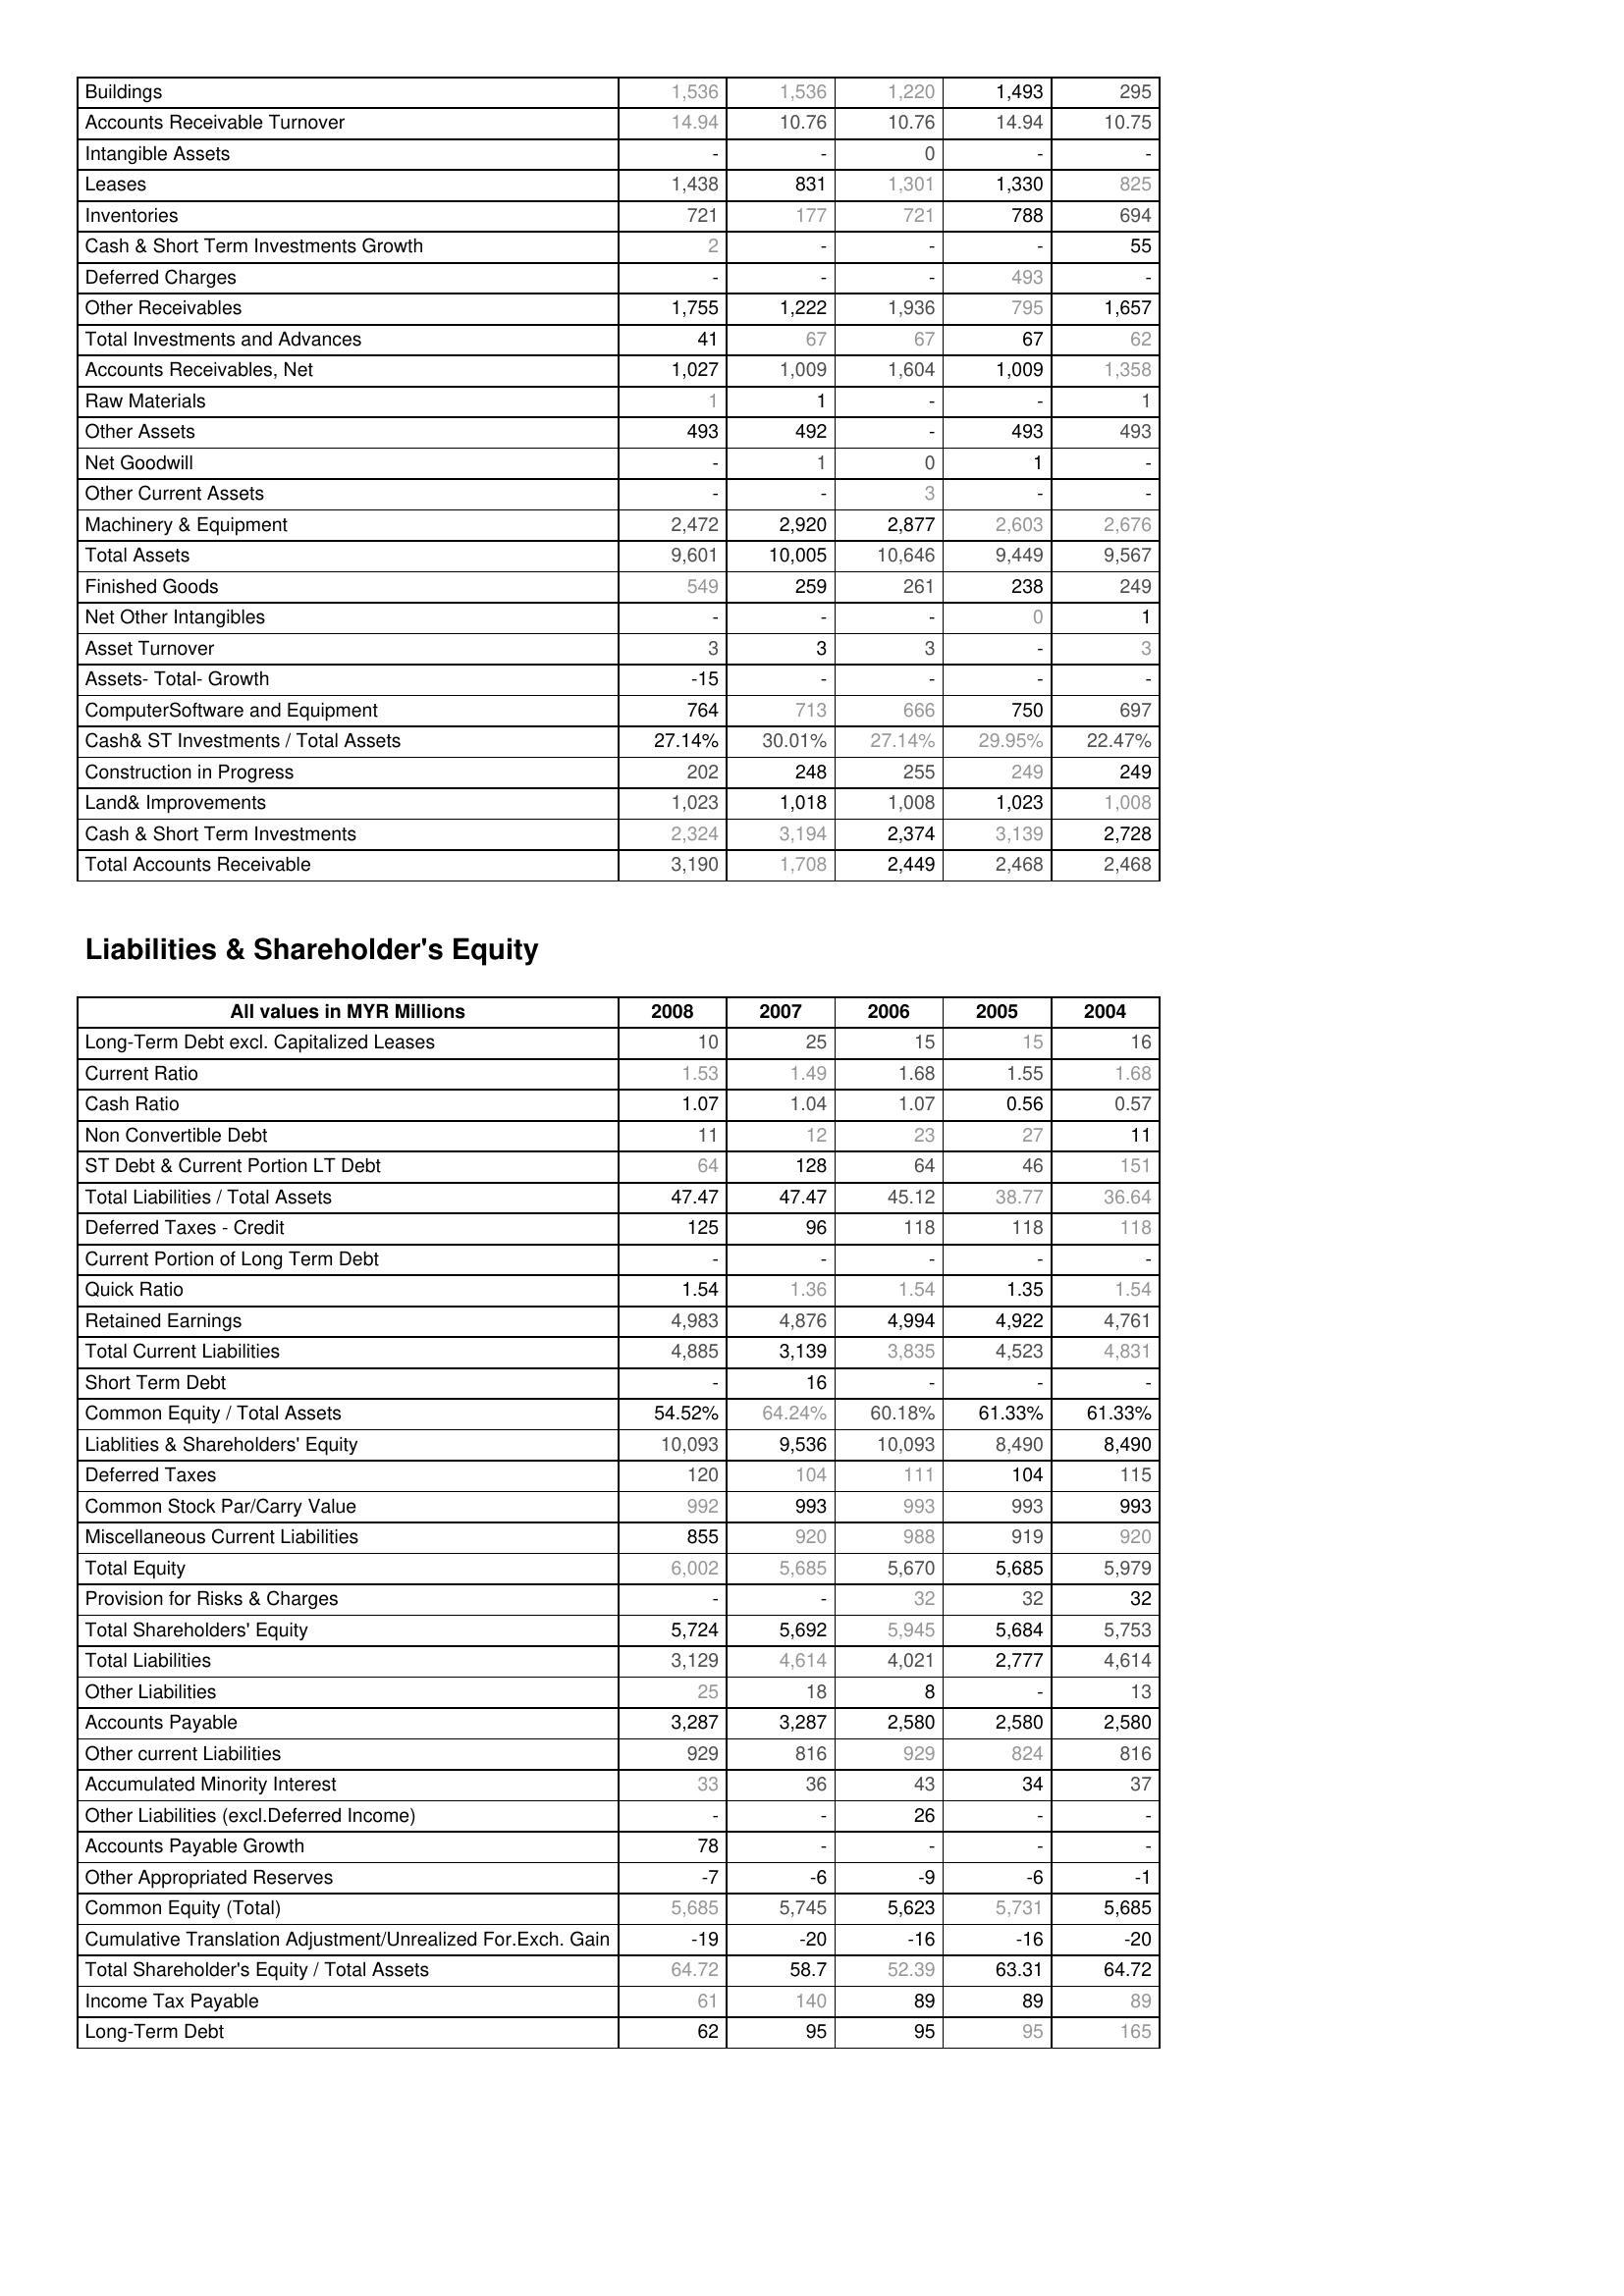
2008: Assets: Buildings: 1,536
Accounts Receivable Turnover: 14.94
Intangible Assets: -
Leases: 1,438
Inventories: 721
Cash & Short Term Investments Growth: 2
Deferred Charges: -
Other Receivables: 1,755
Total Investments and Advances: 41
Accounts Receivables, Net: 1,027
Raw Materials: 1
Other Assets: 493
Net Goodwill: -
Other Current Assets: -
Machinery & Equipment: 2,472
Total Assets: 9,601
Finished Goods: 549
Net Other Intangibles: -
Asset Turnover: 3
Assets- Total- Growth: -15
ComputerSoftware and Equipment: 764
Cash& ST Investments / Total Assets: 27.14%
Construction in Progress: 202
Land& Improvements: 1,023
Cash & Short Term Investments: 2,324
Total Accounts Receivable: 3,190
Liabilities & Shareholder's Equity: Long-Term Debt excl. Capitalized Leases: 10
Current Ratio: 1.53
Cash Ratio: 1.07
Non Convertible Debt: 11
ST Debt & Current Portion LT Debt: 64
Total Liabilities / Total Assets: 47.47
Deferred Taxes - Credit: 125
Current Portion of Long Term Debt: -
Quick Ratio: 1.54
Retained Earnings: 4,983
Total Current Liabilities: 4,885
Short Term Debt: -
Common Equity / Total Assets: 54.52%
Liablities & Shareholders' Equity: 10,093
Deferred Taxes: 120
Common Stock Par/Carry Value: 992
Miscellaneous Current Liabilities: 855
Total Equity: 6,002
Provision for Risks & Charges: -
Total Shareholders' Equity: 5,724
Total Liabilities: 3,129
Other Liabilities: 25
Accounts Payable: 3,287
Other current Liabilities: 929
Accumulated Minority Interest: 33
Other Liabilities (excl.Deferred Income): -
Accounts Payable Growth: 78
Other Appropriated Reserves: -7
Common Equity (Total): 5,685
Cumulative Translation Adjustment/Unrealized For.Exch. Gain: -19
Total Shareholder's Equity / Total Assets: 64.72
Income Tax Payable: 61
Long-Term Debt: 62
2007: Assets: Buildings: 1,536
Accounts Receivable Turnover: 10.76
Intangible Assets: -
Leases: 831
Inventories: 177
Cash & Short Term Investments Growth: -
Deferred Charges: -
Other Receivables: 1,222
Total Investments and Advances: 67
Accounts Receivables, Net: 1,009
Raw Materials: 1
Other Assets: 492
Net Goodwill: 1
Other Current Assets: -
Machinery & Equipment: 2,920
Total Assets: 10,005
Finished Goods: 259
Net Other Intangibles: -
Asset Turnover: 3
Assets- Total- Growth: -
ComputerSoftware and Equipment: 713
Cash& ST Investments / Total Assets: 30.01%
Construction in Progress: 248
Land& Improvements: 1,018
Cash & Short Term Investments: 3,194
Total Accounts Receivable: 1,708
Liabilities & Shareholder's Equity: Long-Term Debt excl. Capitalized Leases: 25
Current Ratio: 1.49
Cash Ratio: 1.04
Non Convertible Debt: 12
ST Debt & Current Portion LT Debt: 128
Total Liabilities / Total Assets: 47.47
Deferred Taxes - Credit: 96
Current Portion of Long Term Debt: -
Quick Ratio: 1.36
Retained Earnings: 4,876
Total Current Liabilities: 3,139
Short Term Debt: 16
Common Equity / Total Assets: 64.24%
Liablities & Shareholders' Equity: 9,536
Deferred Taxes: 104
Common Stock Par/Carry Value: 993
Miscellaneous Current Liabilities: 920
Total Equity: 5,685
Provision for Risks & Charges: -
Total Shareholders' Equity: 5,692
Total Liabilities: 4,614
Other Liabilities: 18
Accounts Payable: 3,287
Other current Liabilities: 816
Accumulated Minority Interest: 36
Other Liabilities (excl.Deferred Income): -
Accounts Payable Growth: -
Other Appropriated Reserves: -6
Common Equity (Total): 5,745
Cumulative Translation Adjustment/Unrealized For.Exch. Gain: -20
Total Shareholder's Equity / Total Assets: 58.7
Income Tax Payable: 140
Long-Term Debt: 95
2006: Assets: Buildings: 1,220
Accounts Receivable Turnover: 10.76
Intangible Assets: 0
Leases: 1,301
Inventories: 721
Cash & Short Term Investments Growth: -
Deferred Charges: -
Other Receivables: 1,936
Total Investments and Advances: 67
Accounts Receivables, Net: 1,604
Raw Materials: -
Other Assets: -
Net Goodwill: 0
Other Current Assets: 3
Machinery & Equipment: 2,877
Total Assets: 10,646
Finished Goods: 261
Net Other Intangibles: -
Asset Turnover: 3
Assets- Total- Growth: -
ComputerSoftware and Equipment: 666
Cash& ST Investments / Total Assets: 27.14%
Construction in Progress: 255
Land& Improvements: 1,008
Cash & Short Term Investments: 2,374
Total Accounts Receivable: 2,449
Liabilities & Shareholder's Equity: Long-Term Debt excl. Capitalized Leases: 15
Current Ratio: 1.68
Cash Ratio: 1.07
Non Convertible Debt: 23
ST Debt & Current Portion LT Debt: 64
Total Liabilities / Total Assets: 45.12
Deferred Taxes - Credit: 118
Current Portion of Long Term Debt: -
Quick Ratio: 1.54
Retained Earnings: 4,994
Total Current Liabilities: 3,835
Short Term Debt: -
Common Equity / Total Assets: 60.18%
Liablities & Shareholders' Equity: 10,093
Deferred Taxes: 111
Common Stock Par/Carry Value: 993
Miscellaneous Current Liabilities: 988
Total Equity: 5,670
Provision for Risks & Charges: 32
Total Shareholders' Equity: 5,945
Total Liabilities: 4,021
Other Liabilities: 8
Accounts Payable: 2,580
Other current Liabilities: 929
Accumulated Minority Interest: 43
Other Liabilities (excl.Deferred Income): 26
Accounts Payable Growth: -
Other Appropriated Reserves: -9
Common Equity (Total): 5,623
Cumulative Translation Adjustment/Unrealized For.Exch. Gain: -16
Total Shareholder's Equity / Total Assets: 52.39
Income Tax Payable: 89
Long-Term Debt: 95
2005: Assets: Buildings: 1,493
Accounts Receivable Turnover: 14.94
Intangible Assets: -
Leases: 1,330
Inventories: 788
Cash & Short Term Investments Growth: -
Deferred Charges: 493
Other Receivables: 795
Total Investments and Advances: 67
Accounts Receivables, Net: 1,009
Raw Materials: -
Other Assets: 493
Net Goodwill: 1
Other Current Assets: -
Machinery & Equipment: 2,603
Total Assets: 9,449
Finished Goods: 238
Net Other Intangibles: 0
Asset Turnover: -
Assets- Total- Growth: -
ComputerSoftware and Equipment: 750
Cash& ST Investments / Total Assets: 29.95%
Construction in Progress: 249
Land& Improvements: 1,023
Cash & Short Term Investments: 3,139
Total Accounts Receivable: 2,468
Liabilities & Shareholder's Equity: Long-Term Debt excl. Capitalized Leases: 15
Current Ratio: 1.55
Cash Ratio: 0.56
Non Convertible Debt: 27
ST Debt & Current Portion LT Debt: 46
Total Liabilities / Total Assets: 38.77
Deferred Taxes - Credit: 118
Current Portion of Long Term Debt: -
Quick Ratio: 1.35
Retained Earnings: 4,922
Total Current Liabilities: 4,523
Short Term Debt: -
Common Equity / Total Assets: 61.33%
Liablities & Shareholders' Equity: 8,490
Deferred Taxes: 104
Common Stock Par/Carry Value: 993
Miscellaneous Current Liabilities: 919
Total Equity: 5,685
Provision for Risks & Charges: 32
Total Shareholders' Equity: 5,684
Total Liabilities: 2,777
Other Liabilities: -
Accounts Payable: 2,580
Other current Liabilities: 824
Accumulated Minority Interest: 34
Other Liabilities (excl.Deferred Income): -
Accounts Payable Growth: -
Other Appropriated Reserves: -6
Common Equity (Total): 5,731
Cumulative Translation Adjustment/Unrealized For.Exch. Gain: -16
Total Shareholder's Equity / Total Assets: 63.31
Income Tax Payable: 89
Long-Term Debt: 95
2004: Assets: Buildings: 295
Accounts Receivable Turnover: 10.75
Intangible Assets: -
Leases: 825
Inventories: 694
Cash & Short Term Investments Growth: 55
Deferred Charges: -
Other Receivables: 1,657
Total Investments and Advances: 62
Accounts Receivables, Net: 1,358
Raw Materials: 1
Other Assets: 493
Net Goodwill: -
Other Current Assets: -
Machinery & Equipment: 2,676
Total Assets: 9,567
Finished Goods: 249
Net Other Intangibles: 1
Asset Turnover: 3
Assets- Total- Growth: -
ComputerSoftware and Equipment: 697
Cash& ST Investments / Total Assets: 22.47%
Construction in Progress: 249
Land& Improvements: 1,008
Cash & Short Term Investments: 2,728
Total Accounts Receivable: 2,468
Liabilities & Shareholder's Equity: Long-Term Debt excl. Capitalized Leases: 16
Current Ratio: 1.68
Cash Ratio: 0.57
Non Convertible Debt: 11
ST Debt & Current Portion LT Debt: 151
Total Liabilities / Total Assets: 36.64
Deferred Taxes - Credit: 118
Current Portion of Long Term Debt: -
Quick Ratio: 1.54
Retained Earnings: 4,761
Total Current Liabilities: 4,831
Short Term Debt: -
Common Equity / Total Assets: 61.33%
Liablities & Shareholders' Equity: 8,490
Deferred Taxes: 115
Common Stock Par/Carry Value: 993
Miscellaneous Current Liabilities: 920
Total Equity: 5,979
Provision for Risks & Charges: 32
Total Shareholders' Equity: 5,753
Total Liabilities: 4,614
Other Liabilities: 13
Accounts Payable: 2,580
Other current Liabilities: 816
Accumulated Minority Interest: 37
Other Liabilities (excl.Deferred Income): -
Accounts Payable Growth: -
Other Appropriated Reserves: -1
Common Equity (Total): 5,685
Cumulative Translation Adjustment/Unrealized For.Exch. Gain: -20
Total Shareholder's Equity / Total Assets: 64.72
Income Tax Payable: 89
Long-Term Debt: 165